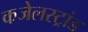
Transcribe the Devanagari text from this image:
कजेलस्ट्रांड